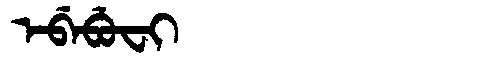
Manchu: ᡝᠪᡝᠪᡠᠸᡳ
Romanization: EBEBUFI